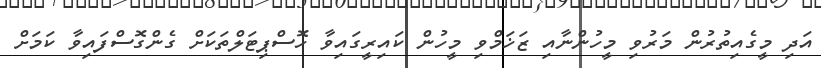
އަދި މީގެއިތުރުން މަރުވި މީހުންނާއި ޒަޚަމްވި މީހުން ކައިރީގައިވާ ހޮސްޕިޓަލްތަކަށް ގެންގޮސްފައިވާ ކަމަށް